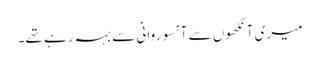
میری آنکھوں سے آنسو روانی سے بہہ رہے تھے۔